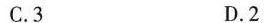
C.3 D.2